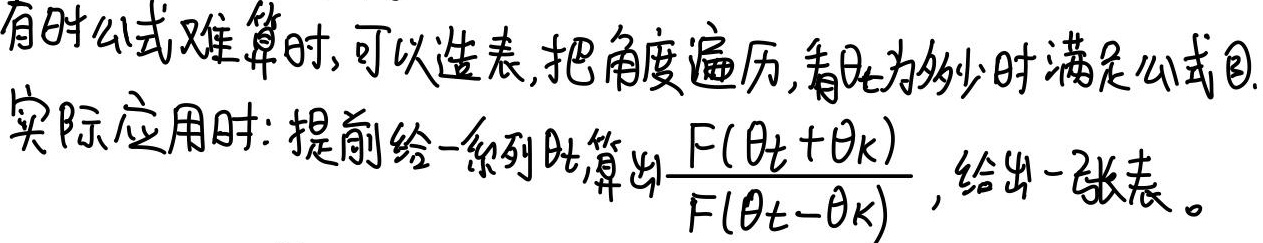
有时公式难算时，可以造表，把角度遍历，看\(\theta_{t}\)为多少时满足公式目。实际应用时：提前给一系列\(\theta_{t}\)，算出\(\frac{F(\theta_{t}+\theta_{k})}{F(\theta_{t}-\theta_{k})}\)，给出一张表。